Vaccination in Burma 1912-1922 - 1912-1922
Year: 1912
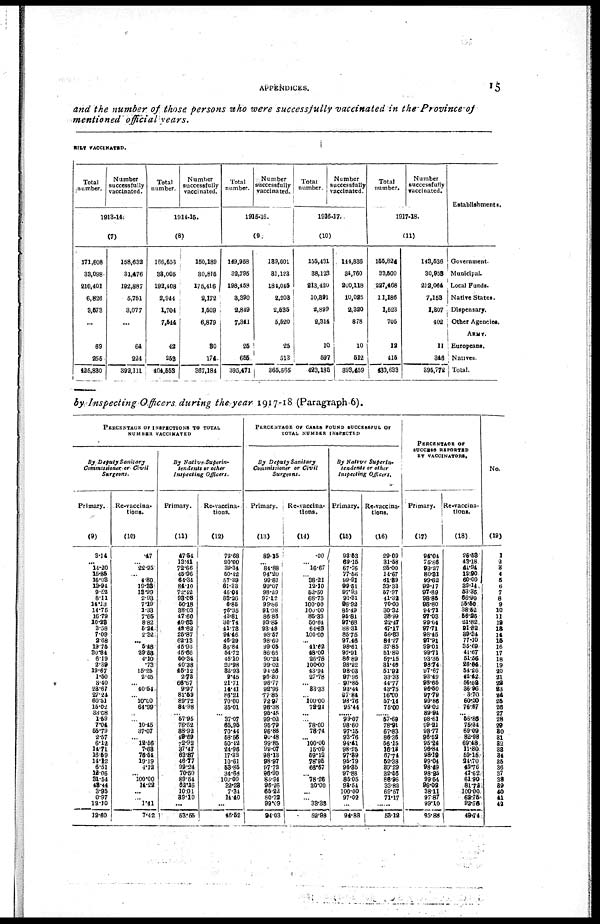
APPENDICES.
15
and the number of those persons who were successfully vaccinated in the Province of
mentioned official years.
RILY VACCINATED.
Total
number.
Number
successfully
vaccinated.
1913-14
(7)
171,608
39,098
210,401
6,826
3,573
...
69
255
125,830
158,632
31,476
192,887
5,751
3,077
...
64
224
392,111
Total
number.
Number
successfully
vaccinated.
1914-15.
(8)
166,653
33,005
192,108
2,944
1,704
7,544
42
253
404,558
150,189
30,815
175,416
2,172
1,509
6,879
30
174
367,184
Total
number.
Number
successfully
vaccinated.
1915-16.
(9)
149,958
32,795
198,458
3,390
2,849
7,341
25
655
395,471
139,601
31,123
184,045
2,203
2,535
5,520
25
513
365,565
Total
number.
Number
successfully
vaccinated.
1916-17.
(10)
155,431
38,123
213,420
10,391
2,899
2,314
10
597
423,185
114,836
34,760
200,118
10,025
2,320
878
10
512
398,459
Total
number.
Number
successfully
vaccinated.
1917-18.
(11)
155,824
33,500
227,468
11,186
1,523
705
12
415
480,633
143,536
30,953
212,064
7,153
1,807
402
11
346
395,772
Establishments.
Government.
Municipal.
Local Funds.
Native States.
Dispensary.
Other Agencies.
ARMY.
Europeans.
Natives.
Total.
by Inspecting Officers during the year 1917-18 (Paragraph 6).
PERCENTAGE OF INSPECTIONS TO TOTAL
NUMBER VACCINATED
By. Deputy Sanitary
Commissioner or Civil
Surgeons.
Primary.
(9)
3.14
... 14.20
15.85
16.03
13.94
9.52
8.11
14.13
14.75
16.79
10.28
3.58
7.09
2.68
19.75
30.84
6.19
2.39
19.67
1.50
3.40
23.67
27.24
60.51
15.02
33.08
1.59
7.04
55.79
2.57
6.12
14.71
16.59
14.12
6.51
12.06
31.54
48.44
3.95
0.97
12.10
12.60
Re-vaccina-
tions.
(10)
.47
...
22.95
... 4.80
19.33
13.99
2.93
7.19
1.33
7.65
8.82
5.24
2.32
... 5.48
29.53
4.10
.73
15.25
2.45
... 40.54
...
10.00
64.99
...
...
10.45
37.07
... 12.56
7.68
76.54
19.19
4.12
... 100.00
14.22
...
...
1.41
7.42
By
Native.Superin-
tendents or other
Inspecting
Officers.
Primary.
(11)
47.54
13.41
72.66
45.96
64.34
84.10
72.42
93.08
50.18
88.03
47.60
40.63
42.62
25.87
62.13
46.93
45.66
50.34
40.38
45.12
2.73
66.67
9.97
81.59
89.72
84.98
... 57.95
76.62
88.92
48.69
72.92
37.47
83.87
46.77
99.24
70.50
89.54
62.16
10.01
39.10
...
53.55
Re-vaccina-
tions.
(12)
72.68
20.00
39.34
50.42
57.89
61.33
46.04
83.26
6.85
76.35
43.81
30.74
41.73
94.46
46.29
35.84
54.72
45.10
20.98
32.93
2.45
21.71
14.41
86.21
70.00
35.01
...
37.07
65.95
70.44
58.56
50.42
24.96
17.32
10.61
53.85
34.68
100.00
32.23
7.34
14.40
...
46.52
PERCENTAGE OF CASES FOUND SUCCESSFUL OF
TOTAL NUMBER INSPECTED
By Deputy Sanitary
Commissioner or Civil
Surgeons.
Primary.
(13)
89.15
... 84.88
94.20
99.81
99.07
98.29
97.12
99.86
91.98
86.86
93.85
93.48
98.57
98.60
99.05
86.66
90.24
99.02
94.56
96.30
96.77
92.96
77.85
72.97
96.38
95.45
99.02
95.79
96.86
90.48
99.85
99.07
98.13
98.97
97.72
96.90
83.94
96.26
65.22
80.72
99.09
94.03
Re-vaccina-
tions.
(14)
.00
... 16.67
...
38.21
12.10
52.50
68.75
100.00
100.00
85.33
50.64
64.63
100.00
... 41.62
48.00
26.78
100.00
43.94
27.78
... 83.33
... 100.00
72.24
...
...
78.00
78.74
... 100.00
15.09
59.12
78.96
66.57
...
78.26
30.00
...
...
33.38
52.98
By Native
Superin-
tendents or other
Inspecting Officers.
Primary.
(15)
93.53
69.15
67.76
77.56
99.91
99.51
97.93
91.31
98.92
85.49
95.81
97.68
88.31
85.75
97.46
98.61
97.91
86.89
98.22
98.03
97.96
97.85
93.44
97.84
98.76
95.44
...... 99.07
98.60
97.15
93.76
94.41
98.25
97.39
95.79
96.85
97.88
85.05
93.54
100.00
97.02
...
94.83
Re-vaccina-
tions.
(16)
29.09
31.58
25.00
14.67
61.89
33.33
57.97
41.32
70.00
30.32
38.99
22.47
47.17
56.83
84.27
37.85
51.80
57.15
31.40
51.92
33.33
44.77
43.75
16.00
57.14
75.00
...... 57.69
78.91
67.83
86.36
56.15
16.18
67.74
52.38
39.29
32.56
86.96
33.82
69.57
71.17
......
53.12
PERCENTAGE OF
SUCCESS REPORTED
BY VACCINATORS.
Primary.
(17)
94.04
75.86
93.27
80.31
99.62
99.17
97.89
98.85
98.80
94.71
97.03
99.04
97.71
98.45
97.91
99.01
99.71
93.35
98.74
97.67
93.49
98.65
96.50
97.79
99.86
99.02
89.94
98.61
99.21
98.77
96.52
95.24
96.84
98.19
99.04
98.49
98.25
99.54
96.02
38.11
97.87
99.10
95.88
Re-vaccina.
tions.
(18)
26.58
43.18
41.94
12.90
60.00
39.14
53.25
66.90
55.50
38.52
56.26
21.82
91.82
39.34
77.10
35.69
41.67
51.56
26.84
54.26
42.42
56.52
36.96
3.70
60.00
76.67
... 56.86
75.34
69.09
82.98
69.48
11.80
59.15
21.70
49.76
47.62
61.90
81.72
100.00
62.75
32.76
49.74
No.
(19)
1
2
3
4
5
6
7
8
9
10
11
12
13
14
15
16
17
18
19
20
21
22
23
24
25
26
27
28
29
30
31
32
33
34
35
36
37
38
39
40
41
42